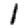
Digit: 1